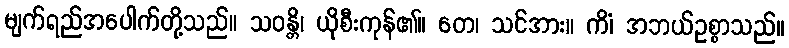
မျက်ရည်အပေါက်တို့သည်။ သဝန္တိ၊ ယိုစီးကုန်၏။ တေ၊ သင်အား။ ကိံ၊ အဘယ်ဥစ္စာသည်။